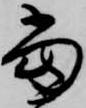
当